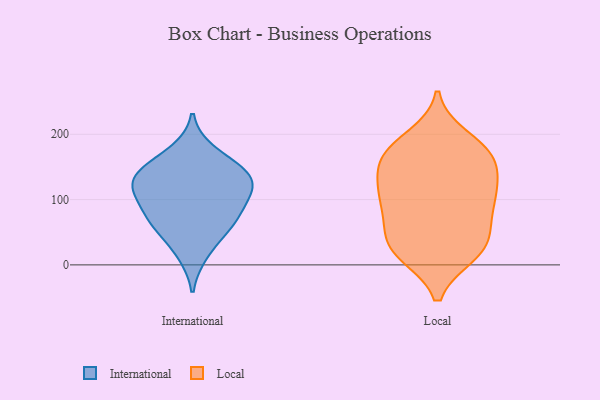
{"axis": {"x": "Page Views", "y": "Value"}, "legend": ["International", "Local"], "data": [{"x": "", "y": 123, "type": "International"}, {"x": "", "y": 143, "type": "International"}, {"x": "", "y": 73, "type": "International"}, {"x": "", "y": 143, "type": "International"}, {"x": "", "y": 59, "type": "International"}, {"x": "", "y": 17, "type": "International"}, {"x": "", "y": 115, "type": "International"}, {"x": "", "y": 173, "type": "International"}, {"x": "", "y": 110, "type": "International"}, {"x": "", "y": 91, "type": "International"}, {"x": "", "y": 139, "type": "International"}, {"x": "", "y": 59, "type": "International"}, {"x": "", "y": 124, "type": "Local"}, {"x": "", "y": 16, "type": "Local"}, {"x": "", "y": 96, "type": "Local"}, {"x": "", "y": 97, "type": "Local"}, {"x": "", "y": 111, "type": "Local"}, {"x": "", "y": 45, "type": "Local"}, {"x": "", "y": 195, "type": "Local"}, {"x": "", "y": 176, "type": "Local"}, {"x": "", "y": 167, "type": "Local"}, {"x": "", "y": 155, "type": "Local"}, {"x": "", "y": 62, "type": "Local"}, {"x": "", "y": 16, "type": "Local"}, {"x": "", "y": 149, "type": "Local"}, {"x": "", "y": 89, "type": "Local"}, {"x": "", "y": 182, "type": "Local"}, {"x": "", "y": 161, "type": "Local"}, {"x": "", "y": 114, "type": "Local"}, {"x": "", "y": 19, "type": "Local"}, {"x": "", "y": 26, "type": "Local"}, {"x": "", "y": 47, "type": "Local"}]}